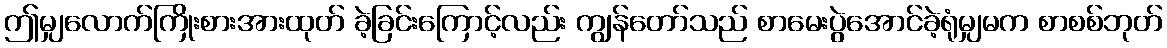
ဤမျှလောက်ကြိုးစားအားထုတ် ခဲ့ခြင်းကြောင့်လည်း ကျွန်တော်သည် စာမေးပွဲအောင်ခဲ့ရုံမျှမက စာစစ်ဘုတ်